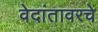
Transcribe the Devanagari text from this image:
वेदांतावरचे